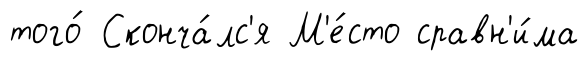
того́ Сконча́лс'я М'е́сто сравн'и́ма